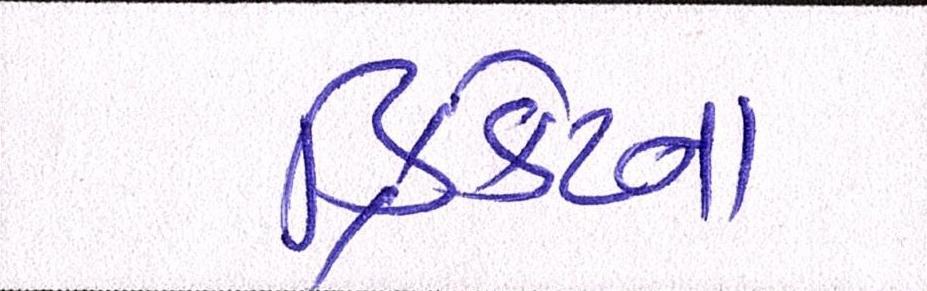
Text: ક્રિકેટના